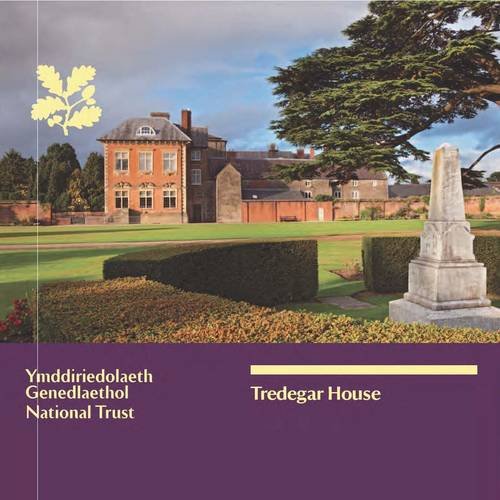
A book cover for Tredegar House: Newport (National Trust Guide); Emily Price; Travel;